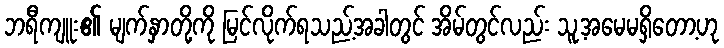
ဘရီကျူး၏ မျက်နှာတို့ကို မြင်လိုက်ရသည့်အခါတွင် အိမ်တွင်လည်း သူ့အမေမရှိတော့ဟု